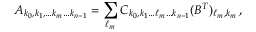
A _ { k _ { 0 } , k _ { 1 } , \dots k _ { m } \dots k _ { n - 1 } } = \sum _ { \ell _ { m } } C _ { k _ { 0 } , k _ { 1 } \dots \ell _ { m } \dots k _ { n - 1 } } ( B ^ { T } ) _ { \ell _ { m } , k _ { m } } \, ,